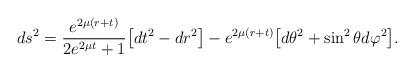
LaTeX: \begin{align*}ds^2 = \frac{ e^{ 2 \mu (r + t)}}{ 2 e^{ 2 \mu t }+ 1} \bigl[ dt^2 -dr^2\bigr] - e^{ 2\mu (r + t)} \bigl[d\theta^2 + \sin^2{\theta} d\varphi^2\bigr].\end{align*}